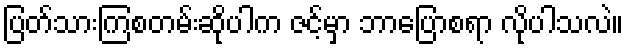
ပြတ်သားကြစတမ်းဆိုပါက ဇင့်မှာ ဘာပြောစရာ လိုပါသလဲ။